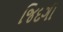
જિદગી